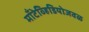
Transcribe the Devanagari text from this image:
मॉँटेव्हिडियोजवळ